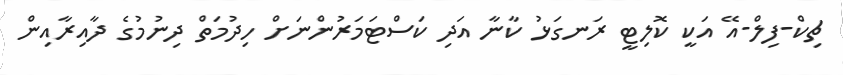
ޗިކް-ފިލް-އޭ އަކީ ކޮލިޓީ ރަނގަޅު ކާނާ އަދި ކަސްޓަމަރުންނަށް ހިދުމަތް ދިނުމުގެ ދާއިރާއިން